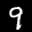
Label: 9